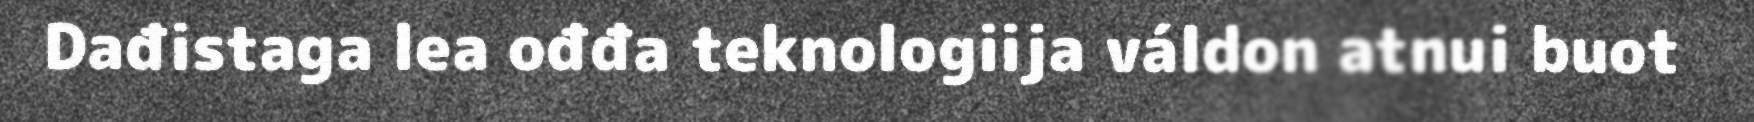
Dađistaga lea ođđa teknologiija váldon atnui buot